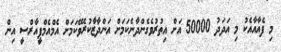
މި ފެއާއާއެކު މި އަދަދު 50000 އަށް އިތުރުވެގެންދާނެކަމަށް އަންދާޒާކުރެވޭކަމަށް އެމްއެމްޕީއާރްސީ އިން